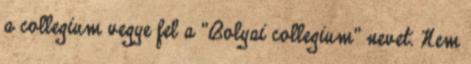
a collegium vegye fel a "Bolyai collegium" nevet. Nem